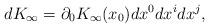
LaTeX: \begin{align*}dK_\infty=\partial_0 K_\infty(x_0) dx^0 dx^i dx^j,\end{align*}